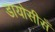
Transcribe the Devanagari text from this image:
डायोसीसँ